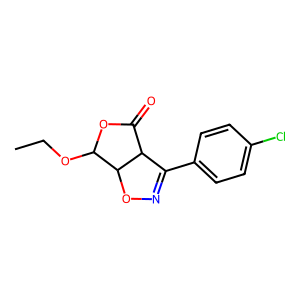
SMILES: CCOC1OC(=O)C2C(c3ccc(Cl)cc3)=NOC12
Inhibits HIV replication: No